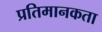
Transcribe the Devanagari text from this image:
प्रतिमानकता